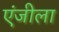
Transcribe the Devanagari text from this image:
एंजीला